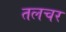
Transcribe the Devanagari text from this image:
तलचर